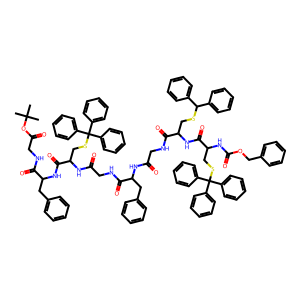
SMILES: CC(C)(C)OC(=O)CNC(=O)C(Cc1ccccc1)NC(=O)C(CSC(c1ccccc1)(c1ccccc1)c1ccccc1)NC(=O)CNC(=O)C(Cc1ccccc1)NC(=O)CNC(=O)C(CSC(c1ccccc1)c1ccccc1)NC(=O)C(CSC(c1ccccc1)(c1ccccc1)c1ccccc1)NC(=O)OCc1ccccc1
Inhibits HIV replication: No